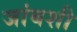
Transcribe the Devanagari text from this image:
जांबशी